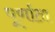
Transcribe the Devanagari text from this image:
पूर्णाता